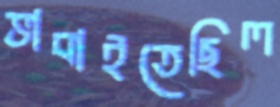
ভাবাইতেছিল